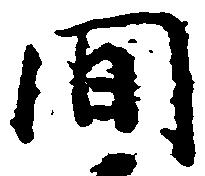
間